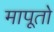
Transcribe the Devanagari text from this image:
मापूतो